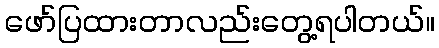
ဖော်ပြထားတာလည်းတွေ့ရပါတယ်။